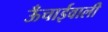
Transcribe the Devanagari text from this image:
ऊँचाईवाली